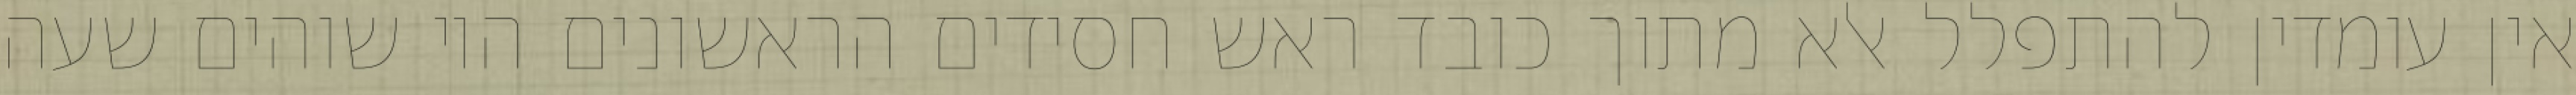
אין עומדין להתפלל אלא מתוך כובד ראש חסידים הראשונים היו שוהים שעה